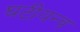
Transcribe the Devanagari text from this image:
घटीयन्त्र